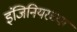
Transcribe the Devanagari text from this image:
इंजिनियरच्या